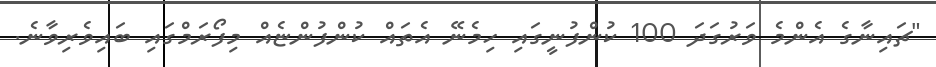
"ޗައިނާގެ އެންމެ ވަރުގަދަ 100 ކުންފުނީގައި ހިމެނޭ އެތައް ކުންފުންޏެއް މިފޯރަމްގައި ބައިވެރިވާނެ.